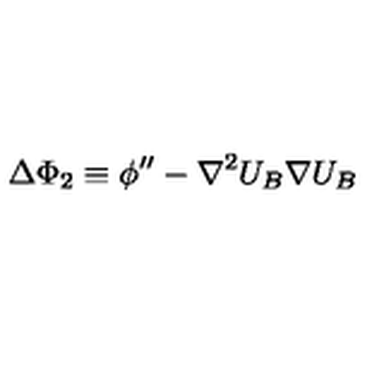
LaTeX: \Delta \Phi _ { 2 } \equiv \phi ^ { \prime \prime } - \nabla ^ { 2 } U _ { B } \nabla U _ { B }